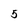
Character: 5